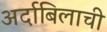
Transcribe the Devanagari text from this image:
अर्दाबिलाची